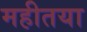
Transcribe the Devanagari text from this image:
महीतया